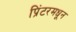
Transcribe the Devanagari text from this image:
प्रिंटरमधून